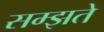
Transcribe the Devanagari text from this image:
सम्झते